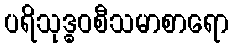
ပရိသုဒ္ဓဝစီသမာစာရော